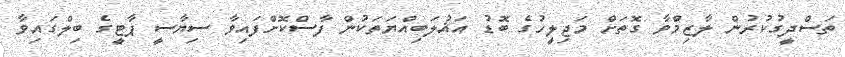
ތަސްދީގުކުރުން ލާޒިމްވާ ގޮތަށް މަޖިލީހުގެ ބޮޑު އަޣުލަބިއްޔަތަކުން ފާސްކޮށްފައިވާ ސިޔާސީ ޕާޓީގެ ބިލްގައިވާ